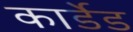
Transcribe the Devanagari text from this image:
कार्डेड